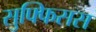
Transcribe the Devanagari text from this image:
सुफ्फिसस